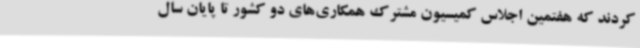
کردند که هفتمین اجلاس کمیسیون مشترک همکاری‌های دو کشور تا پایان سال